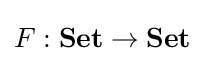
F:\mathrm {\bf {Set}} \to \mathrm {\bf {Set}}